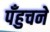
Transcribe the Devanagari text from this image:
पँहुचने